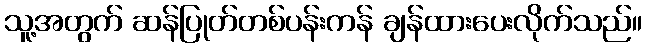
သူ့အတွက် ဆန်ပြုတ်တစ်ပန်းကန် ချန်ထားပေးလိုက်သည်။